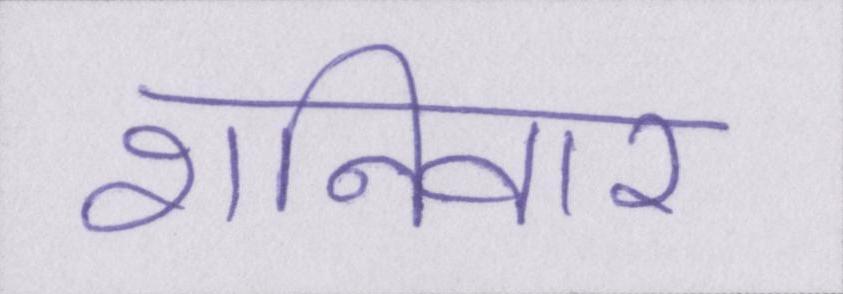
शनिवार